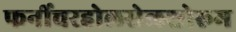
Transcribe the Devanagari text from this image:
फर्नीचरहोलसेलशोरूम